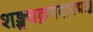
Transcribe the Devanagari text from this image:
शङ्खचक्रगदापद्माङ्क